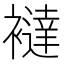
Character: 𧞅